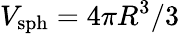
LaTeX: V_{\mathrm{sph}}=4\pi R^{3}/3